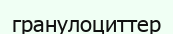
гранулоциттер